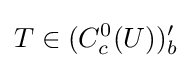
T\in (C_{c}^{0}(U))'_{b}